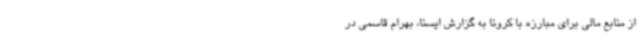
از منابع مالی برای مبارزه با کرونا به گزارش ایسنا، بهرام قاسمی در